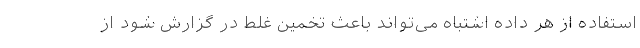
استفاده از هر داده اشتباه می‌تواند باعث تخمین غلط در گزارش شود از